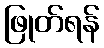
ဖြုတ်ရန်